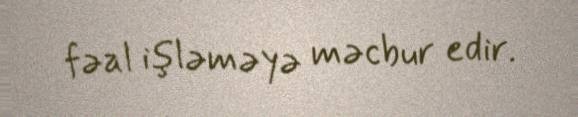
fəal işləməyə məcbur edir.